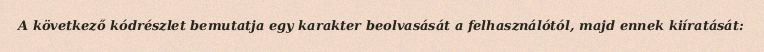
A következő kódrészlet bemutatja egy karakter beolvasását a felhasználótól, majd ennek kiíratását: